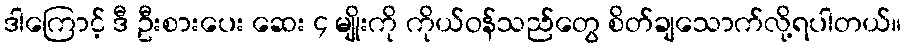
ဒါကြောင့် ဒီ ဦးစားပေး ဆေး ၄ မျိုးကို ကိုယ်ဝန်သည်တွေ စိတ်ချသောက်လို့ရပါတယ်။